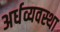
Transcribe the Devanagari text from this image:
अर्धव्यवस्था